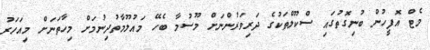
މެޓް އޮފީހުން ބުނިގޮތުގައި ސްކޫލްތަކުގެ ދަރިވަރުންނަށް މޫސުމާ ބެހޭ މައުލޫމާތުދިނުމަށް މިހާތަނަށް މިއަހަރު